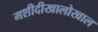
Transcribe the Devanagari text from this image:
मशीदीखालोखाल